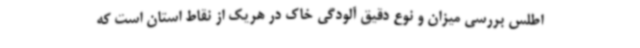
اطلس بررسی میزان و نوع دقیق آلودگی خاک در هریک از نقاط استان است که